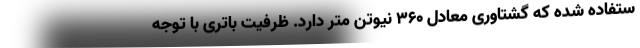
ستفاده شده که گشتاوری معادل 360 نیوتن متر دارد. ظرفیت باتری با توجه